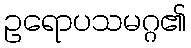
ဥရောပသမဂ္ဂ၏